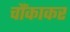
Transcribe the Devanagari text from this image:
चौंकाकर